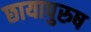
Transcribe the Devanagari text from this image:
छायापुरुष